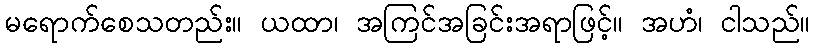
မရောက်စေသတည်း။ ယထာ၊ အကြင်အခြင်းအရာဖြင့်။ အဟံ၊ ငါသည်။